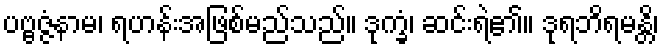
ပဗ္ဗဇ္ဇံနာမ၊ ရဟန်းအဖြစ်မည်သည်။ ဒုက္ခံ၊ ဆင်းရဲ၏။ ဒုရဘိရမန္တိ၊